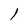
Character: 1